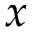
x